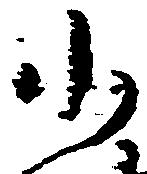
小